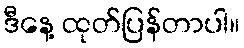
ဒီနေ့ ထုတ်ပြန်တာပါ။